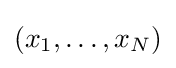
\textstyle (x_{1},\ldots ,x_{N})